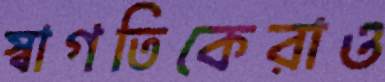
স্বাগতিকেরাও